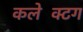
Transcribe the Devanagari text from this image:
कलेक्टिंग